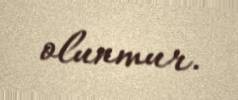
olunmur.